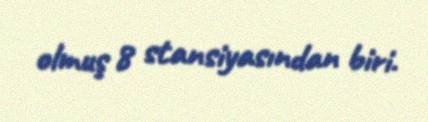
olmuş 8 stansiyasından biri.